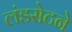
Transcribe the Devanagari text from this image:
लंडसेटने